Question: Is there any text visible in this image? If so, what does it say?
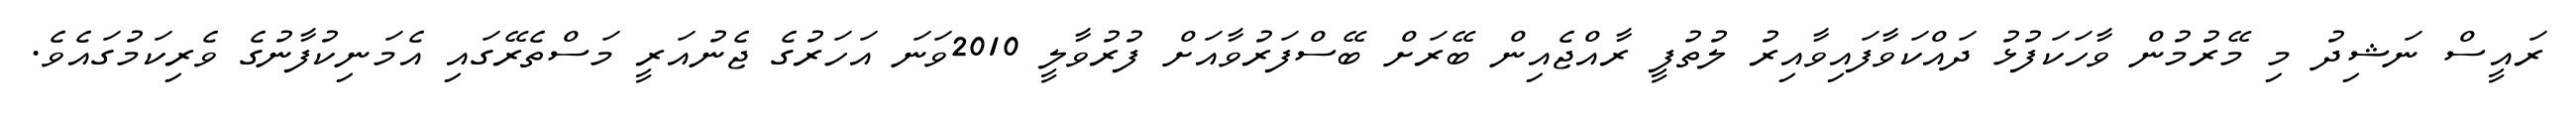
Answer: ރައީސް ނަޝިދު މި މޭރުމުން ވާހަކަފުޅު ދައްކަވާފައިވާއިރު ލުތުފީ ރާއްޖެއިން ބޭރަށް ބޭސްފަރުވާއަށް ފުރުވާލީ 2010ވަނަ އަހަރުގެ ޖެނުއަރީ މަސްތެރޭގައި އެމަނިކުފާނުގެ ވެރިކަމުގައެވެ.